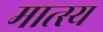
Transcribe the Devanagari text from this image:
मात्स्य